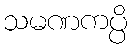
သမဏကပ္ပိ